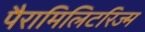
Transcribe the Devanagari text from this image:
पैरामिलिटरिज्म